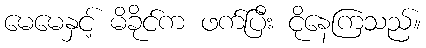
မေမေနှင့် မိခိုင်က ဖက်ပြီး ငိုနေကြသည်။